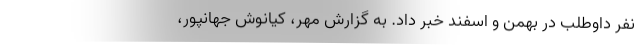
نفر داوطلب در بهمن و اسفند خبر داد. به گزارش مهر، کیانوش جهانپور،